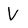
Character: V